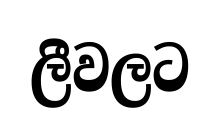
ලීවලට